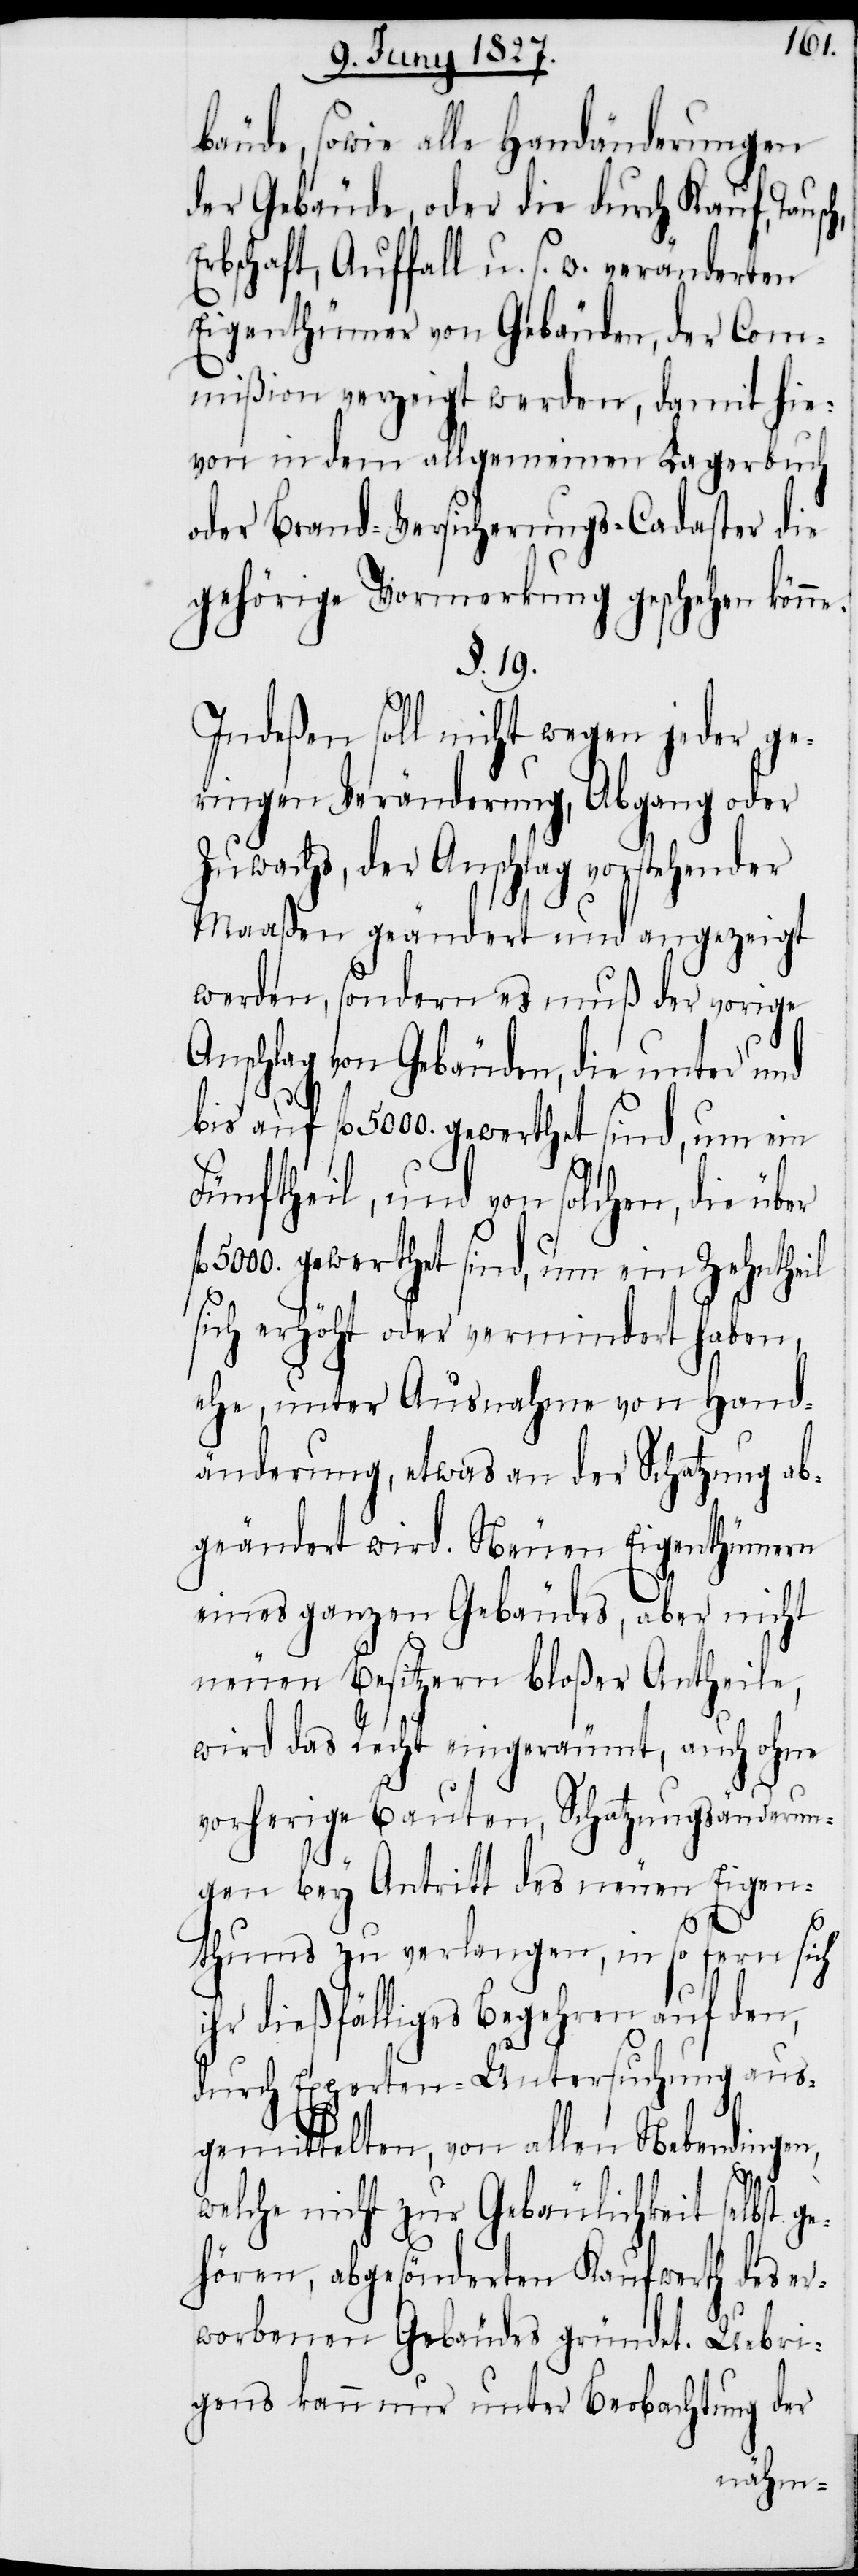
bäude, sowie alle Handänderungen
der Gebäude, oder die durch Kauf, Taus¬
Erbschaft, Auffall u. s. w. veränderten
Eigenthümer von Gebäuden, der Com¬
mißion verzeigt werden, damit hie¬
von in dem allgemeinen Lagerbuch
oder Brand-Versicherungs-Cadaster die
gehörige Vormerkung geschehen könne.
§. 19.
Indeßen soll nicht wegen jeder ge¬
ringen Veränderung, Abgang oder
Zuwachs, der Anschlag vorstehender
Maaßen geändert und angezeigt
werden, sondern es muß der vorige
Anschlag von Gebäuden, die unter und
bis auf fl. 5000. gewerthet sind, um ein
Fünftheil, und von solchen, die über
5000. gewerthet sind, um ein Zehntheil
sich erhöht oder vermindert haben,
ehe, unter Ausnahme von Hand¬
änderung, etwas an der Schatzung ab¬
geändert wird. Neuen Eigenthümern
eines ganzen Gebäudes, aber nicht
neuen Besitzern bloßer Antheile,
wird das Recht eingeräumt, auch ohne
vorherige Bauten, Schatzungsänderun¬
gen bey Antritt des neuen Eigen¬
fl.
thums zu verlangen, in so fern sich
ihr dießfälliges Begehren auf den,
durch Experten-Untersuchung aus¬
gemittelten, von allen Nebendingen,
welche nicht zur Gebäulichkeit selbst g¬
ehören, abgesönderten Kaufwerth des er¬
worbenen Gebäudes gründet. Uebri¬
gens kann nur unter Beobachtung der